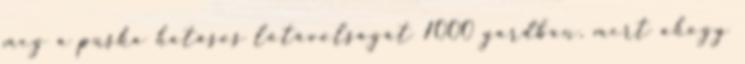
meg a puska hatásos lőtávolságát 1000 yardban, mert ahogy